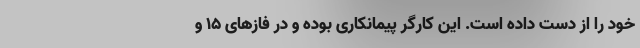
خود را از دست داده است. این کارگر پیمانکاری بوده و در فازهای ۱۵ و